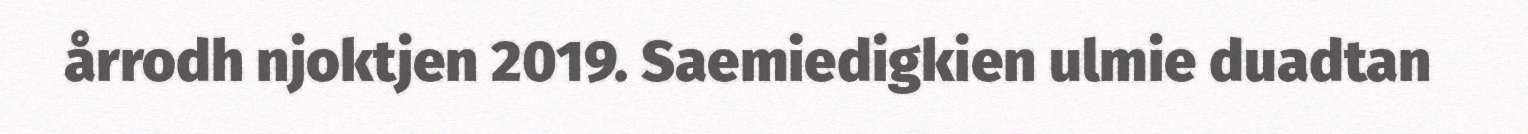
årrodh njoktjen 2019. Saemiedigkien ulmie duadtan